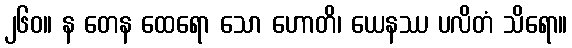
၂၆၀။ န တေန ထေရော သော ဟောတိ၊ ယေနဿ ပလိတံ သိရော။